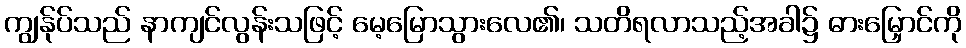
ကျွန်ုပ်သည် နာကျင်လွန်းသဖြင့် မေ့မြောသွားလေ၏၊ သတိရလာသည့်အခါ၌ ဓားမြှောင်ကို